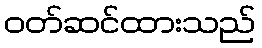
ဝတ်ဆင်ထားသည်